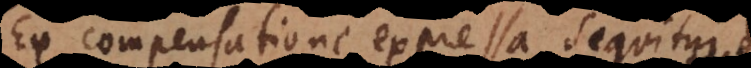
Ex compensatione expressa sequitur